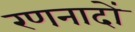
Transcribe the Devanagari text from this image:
रणनादों